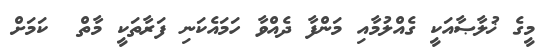
މީގެ ޚުލާޞާއަކީ ގެއްލުމާއި މަންފާ ދެއްވާ ހަމައެކަނި ފަރާތަކީ މާތް  ކަމަށް